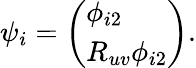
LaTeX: \psi_{i}=\left(\begin{array}{l}{{\phi_{i2}}}\\ {{R_{uv}\phi_{i2}}}\end{array}\right).